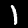
Label: 1